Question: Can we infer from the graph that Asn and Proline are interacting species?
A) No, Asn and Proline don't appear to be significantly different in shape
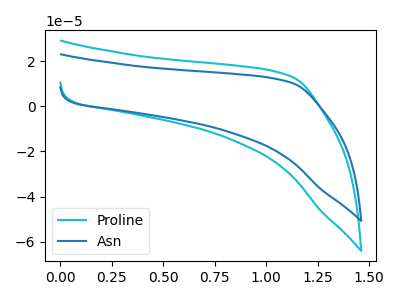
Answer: <think>The cyan curve "Proline" has no peaks. The blue curve "Asn" has no peaks.
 Neither "Asn" or "Proline" have any peaks.</think>
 <answer>A) No, "Asn" and "Proline" don't appear to be significantly different in shape</answer>
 <eval>A</eval>